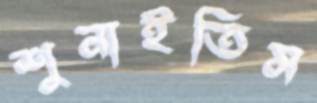
শুনাইতিস